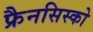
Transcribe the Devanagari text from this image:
फ्रैनसिस्को